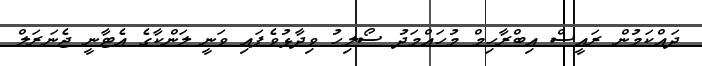
ދައްކަމުން ރައީސް އިބްރާހިމް މުހައްމަދު ސޯލިހު ވިދާޅުވެފައި ވަނީ ލަންކާގެ އެޓާނީ ޖެނަރަލް